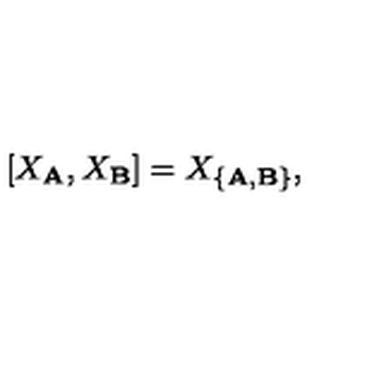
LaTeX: [ X _ { \bf A } , X _ { \bf B } ] = X _ { \{ { \bf A } , { \bf B } \} } ,